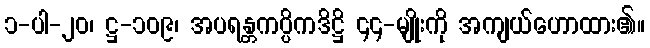
၁-ပါ-၂၀၊ ဋ္ဌ-၁၀၉၊ အပရန္တကပ္ပိကဒိဋ္ဌိ ၄၄-မျိုးကို အကျယ်ဟောထား၏။